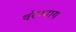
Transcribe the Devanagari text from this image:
वरेण्याय